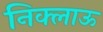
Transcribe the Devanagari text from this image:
निक्लाऊ